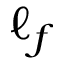
\ell _ { f }